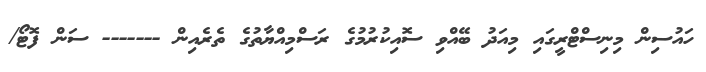
ހައުސިން މިނިސްޓްރީގައި މިއަދު ބޭއްވި ސޮއިކުރުމުގެ ރަސްމިއްޔާތުގެ ތެެރެއިން ------- ސަން ފޮޓޯ/